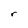
Character: r